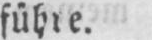
führe.